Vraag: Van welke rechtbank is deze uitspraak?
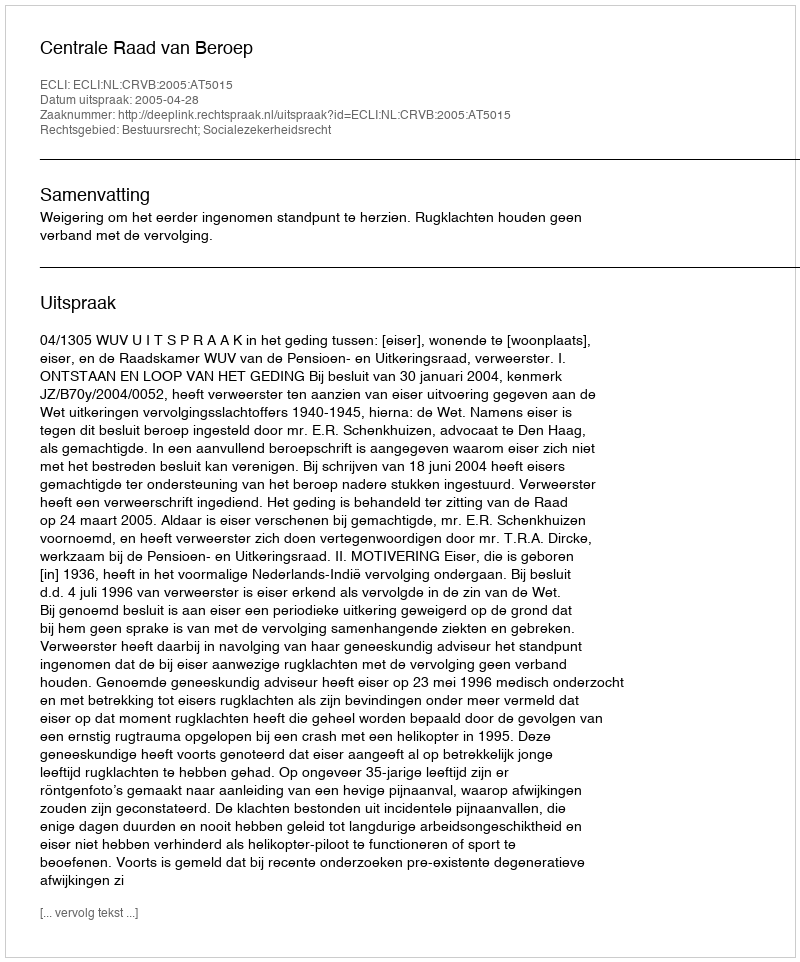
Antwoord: Centrale Raad van Beroep